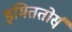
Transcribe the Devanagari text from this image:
इमिततोर्स्